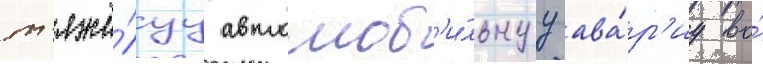
т'яжё́луу автомоб'и́льнуу ава́р'иу во́